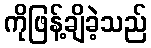
ကိုဖြန့်ချိခဲ့သည်